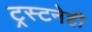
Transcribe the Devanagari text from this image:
ट्रस्टनेही